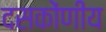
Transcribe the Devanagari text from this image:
दसकोंणीय